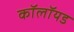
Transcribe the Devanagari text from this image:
कॉलॉयड